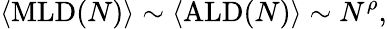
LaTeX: \langle\mathrm{MLD}(N)\rangle\sim\langle\mathrm{ALD}(N)\rangle\sim N^{\rho},